Report of the Indian Hemp Drugs Commission, 1894-1895 - Volume VIII
Year: 1894
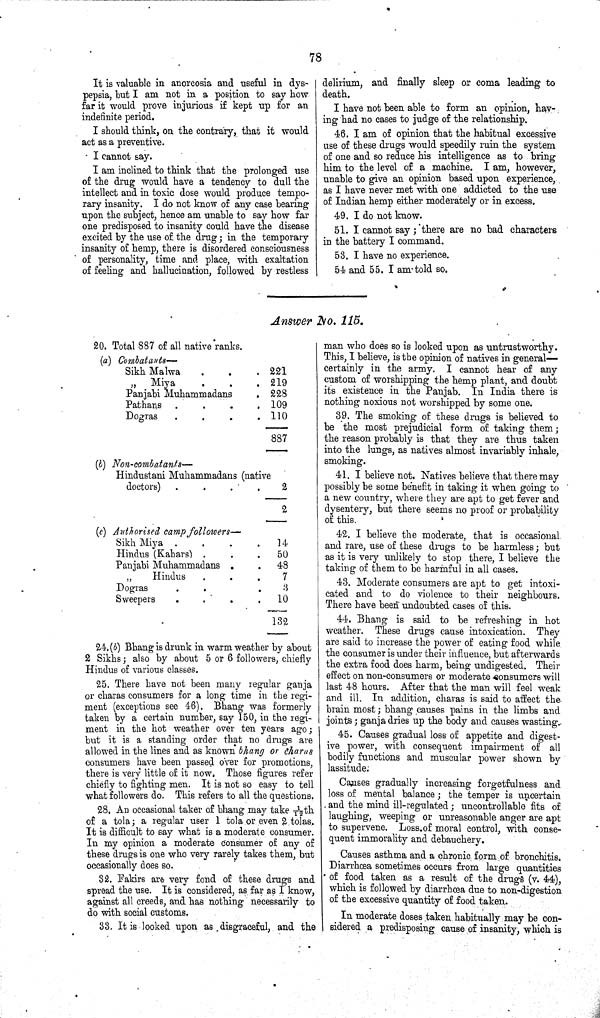
78
It is valuable in anorcosia and useful in dys-
pepsia, but I am not in a position to say how
far it would prove injurious if kept up for an
indefinite period.
I should think, on the contrary, that it would
act as a preventive.
I cannot say.
I am inclined to think that the prolonged use
of the drug would have a tendency to dull the
intellect and in toxic dose would produce tempo-
rary insanity. I do not know of any case bearing
upon the subject, hence am unable to say how far
one predisposed to insanity could have the disease
excited by the use of the drug; in the temporary
insanity of hemp, there is disordered consciousness
of personality, time and place, with exaltation
of feeling and hallucination, followed by restless
delirium, and finally sleep or coma leading to
death.
I have not been able to form an opinion, hav-
ing had no cases to judge of the relationship.
46. I am of opinion that the habitual excessive
use of these drugs would speedily ruin the system
of one and so reduce his intelligence as to bring
him to the level of a machine. I am, however,
unable to give an opinion based upon experience,
as I have never met with one addicted to the use
of Indian hemp either moderately or in excess.
49. I do not know.
51. I cannot say; there are no bad characters
in the battery I command.
53. I have no experience.
54 and 55. I am told so.
Answer No. 115.
20. Total 887 of all native ranks.
(a) Combatants—
Sikh Malwa
221
" Miya
219
Panjabi Muhammadans
228
Pathans
109
Dogras
110
887
(b) Non-combatants—
Hindustani Muhammadans (native
doctors)
2
2
(c) Authorised camp followers—
Sikh Miya
14
Hindus (Kahars)
50
Panjabi Muhammadans
48
"
Hindus
7
Dogras
3
Sweepers
10
132
24.(b) Bhang is drunk in warm weather by about
2 Sikhs; also by about 5 or 6 followers, chiefly
Hindus of various classes.
25. There have not been many regular ganja
or charas consumers for a long time in the regi-
ment (exceptions see 46). Bhang was formerly
taken by a certain number, say 150, in the regi-
ment in the hot weather over ten years ago;
but it is a standing order that no drugs are
allowed in the lines and as known bhang or charas
consumers have been passed over for promotions,
there is very little of it now. Those figures refer
chiefly to fighting men. It is not so easy to tell
what followers do. This refers to all the questions.
28. An occasional taker of bhang may take 1/12 th
of a tola; a regular user 1 tola or even 2 tolas.
It is difficult to say what is a moderate consumer.
In my opinion a moderate consumer of any of
these drugs is one who very rarely takes them, but
occasionally does so.
32. Fakirs are very fond of these drugs and
spread the use. It is considered, as far as I know,
against all creeds, and has nothing necessarily to
do with social customs.
33. It is looked upon as disgraceful, and the
man who does so is looked upon as untrustworthy.
This, I believe, is the opinion of natives in general—
certainly in the army. I cannot hear of any
custom of worshipping the hemp plant, and doubt
its existence in the Panjab. In India there is
nothing noxious not worshipped by some one.
39. The smoking of these drugs is believed to
be the most prejudicial form of taking them;
the reason probably is that they are thus taken
into the lungs, as natives almost invariably inhale,
smoking.
41. I believe not. Natives believe that there may
possibly be some benefit in taking it when going to
a new country, where they are apt to get fever and
dysentery, but there seems no proof or probability
of this.
42. I believe the moderate, that is occasional
and rare, use of these drugs to be harmless; but
as it is very unlikely to stop there, I believe the
taking of them to be harmful in all cases.
43. Moderate consumers are apt to get intoxi-
cated and to do violence to their neighbours.
There have been undoubted cases of this.
44. Bhang is said to be refreshing in hot
weather. These drugs cause intoxication. They
are said to increase the power of eating food while
the consumer is under their influence, but afterwards
the extra food does harm, being undigested. Their
effect on non-consumers or moderate consumers will
last 48 hours. After that the man will feel weak
and ill. In addition, charas is said to affect the
brain most; bhang causes pains in the limbs and
joints; ganja dries up the body and causes wasting.
45. Causes gradual loss of appetite and digest-
ive power, with consequent impairment of all
bodily functions and muscular power shown by
lassitude.
Causes gradually increasing forgetfulness and
loss of mental balance; the temper is uncertain
and the mind ill-regulated; uncontrollable fits of
laughing, weeping or unreasonable anger are apt
to supervene. Loss.of moral control, with conse-
quent immorality and debauchery.
Causes asthma and a chronic form of bronchitis.
Diarrhœa sometimes occurs from large quantities
of food taken as a result of the drugs (v. 44),
which is followed by diarrhœa due to non-digestion
of the excessive quantity of food taken.
In moderate doses taken habitually may be con-
sidered a predisposing cause of insanity, which is